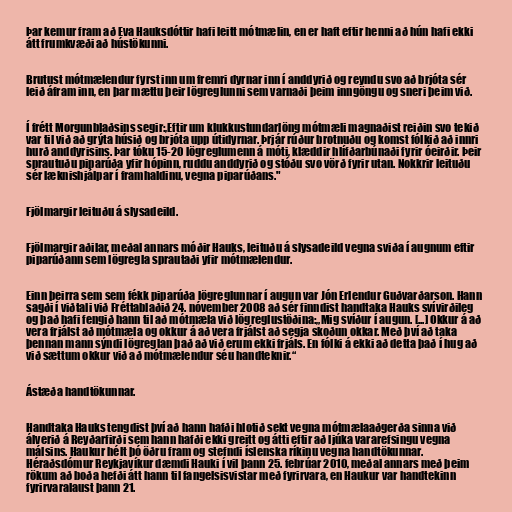
Þar kemur fram að Eva Hauksdóttir hafi leitt mótmælin, en er haft eftir henni að hún hafi ekki
átt frumkvæði að hústökunni.

Brutust mótmælendur fyrst inn um fremri dyrnar inn í anddyrið og reyndu svo að brjóta sér
leið áfram inn, en þar mættu þeir lögreglunni sem varnaði þeim inngöngu og sneri þeim við.

Í frétt Morgunblaðsins segir:,Eftir um klukkustundarlöng mótmæli magnaðist reiðin svo tekið
var til við að grýta húsið og brjóta upp útidyrnar. Þrjár rúður brotnuðu og komst fólkið að innri
hurð anddyrisins. Þar tóku 15-20 lögreglumenn á móti, klæddir hlífðarbúnaði fyrir óeirðir. Þeir
sprautuðu piparúða yfir hópinn, ruddu anddyrið og stóðu svo vörð fyrir utan. Nokkrir leituðu
sér læknishjálpar í framhaldinu, vegna piparúðans."

Fjölmargir leituðu á slysadeild.

Fjölmargir aðilar, meðal annars móðir Hauks, leituðu á slysadeild vegna sviða í augnum eftir
piparúðann sem lögregla sprautaði yfir mótmælendur.

Einn þeirra sem sem fékk piparúða lögreglunnar í augun var Jón Erlendur Guðvarðarson. Hann
sagði í viðtali við Fréttablaðið 24. nóvember 2008 að sér finndist handtaka Hauks svívirðileg
og það hafi fengið hann til að mótmæla við lögreglustöðina:„Mig svíður í augun. [...] Okkur á að
vera frjálst að mótmæla og okkur á að vera frjálst að segja skoðun okkar. Með því að taka
þennan mann sýndi lögreglan það að við erum ekki frjáls. En fólki á ekki að detta það í hug að
við sættum okkur við að mótmælendur séu handteknir.“

Ástæða handtökunnar.

Handtaka Hauks tengdist því að hann hafði hlotið sekt vegna mótmælaaðgerða sinna við
álverið á Reyðarfirði sem hann hafði ekki greitt og átti eftir að ljúka vararefsingu vegna
málsins. Haukur hélt þó öðru fram og stefndi íslenska ríkinu vegna handtökunnar.
Héraðsdómur Reykjavíkur dæmdi Hauki í vil þann 25. febrúar 2010, meðal annars með þeim
rökum að boða hefði átt hann til fangelsisvistar með fyrirvara, en Haukur var handtekinn
fyrirvaralaust þann 21.